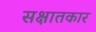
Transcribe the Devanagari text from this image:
सक्षातकार